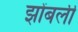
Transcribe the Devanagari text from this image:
झोंबली